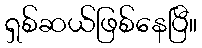
ရှစ်ဆယ်ဖြစ်နေပြီ။